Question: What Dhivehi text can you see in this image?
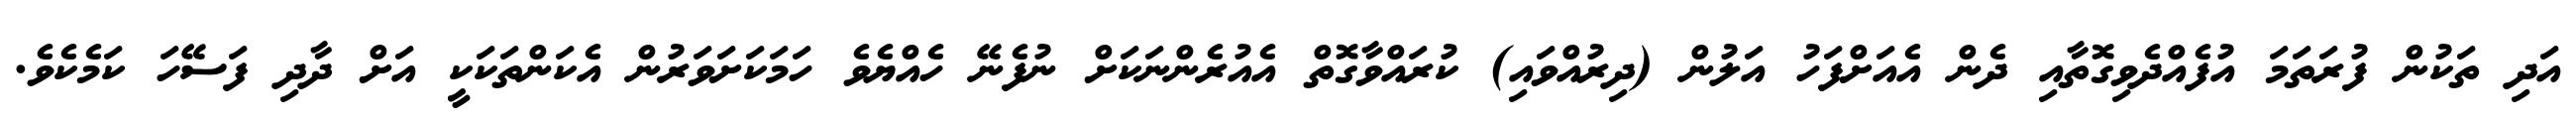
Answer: އަދި ތަކުން ފުރަތަމަ އުފެއްދެވިގޮތާއި ދެން އެއަށްފަހު އަލުން (ދިރުއްވައި) ކުރައްވާގޮތް އެއުރެންނަކަށް ނުފެނޭ ހެއްޔެވެ ހަމަކަށަވަރުން އެކަންތަކަކީ އަށް ދާދި ފަސޭހަ ކަމެކެވެ.